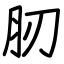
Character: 肕